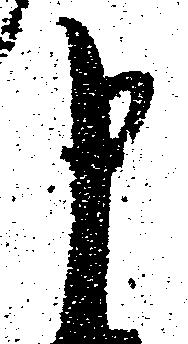
申